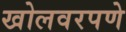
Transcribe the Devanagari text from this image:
खोलवरपणे